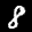
Label: 8